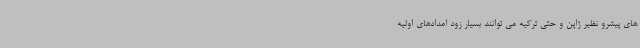
های پیشرو نظیر ژاپن و حتی ترکیه می توانند بسیار زود امدادهای اولیه